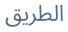
الطریق